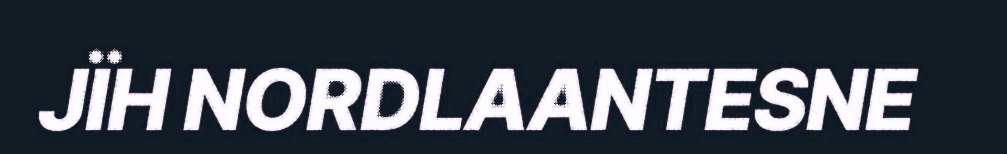
JÏH NORDLAANTESNE